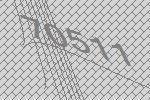
70511